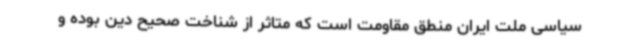
سیاسی ملت ایران منطق مقاومت است که متاثر از شناخت صحیح دین بوده و